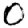
Digit: 0